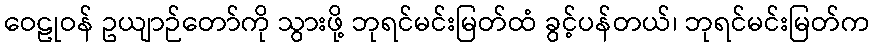
ဝေဠုဝန် ဥယျာဉ်တော်ကို သွားဖို့ ဘုရင်မင်းမြတ်ထံ ခွင့်ပန်တယ်၊ ဘုရင်မင်းမြတ်က